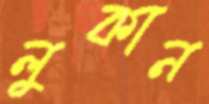
লুকান